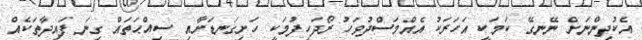
އެކުދިންނަށް ނޭނގޭ ކަމަކީ އަހަރަކު އެއްމަސްދުވަހު ރޯދަހިފުމަކީ ހަށިގަނޑަށާއި ސިއްޙަތައް ގިނަ ފައިދާތަކެއް